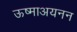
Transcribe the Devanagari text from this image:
ऊष्माअयनन